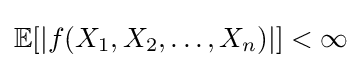
\mathbb {E} [|f(X_{1},X_{2},\dots ,X_{n})|]<\infty